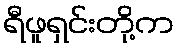
ရီဖူရှင်းတို့က